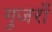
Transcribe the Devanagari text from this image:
गुजराँ